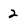
Character: 2